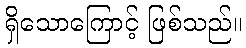
ရှိသောကြောင့် ဖြစ်သည်။